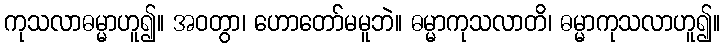
ကုသလာဓမ္မာဟူ၍။ အဝတွာ၊ ဟောတော်မမူဘဲ။ ဓမ္မာကုသလာတိ၊ ဓမ္မာကုသလာဟူ၍။